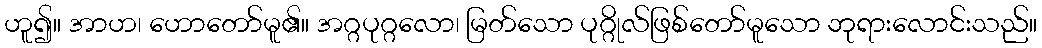
ဟူ၍။ အာဟ၊ ဟောတော်မူ၏။ အဂ္ဂပုဂ္ဂလော၊ မြတ်သော ပုဂ္ဂိုလ်ဖြစ်တော်မူသော ဘုရားလောင်းသည်။